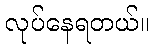
လုပ်နေရတယ်။